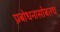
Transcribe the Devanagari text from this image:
प्रबोधनासोबतच